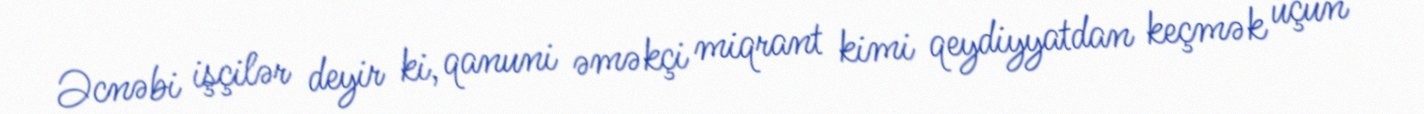
Əcnəbi işçilər deyir ki, qanuni əməkçi miqrant kimi qeydiyyatdan keçmək üçün